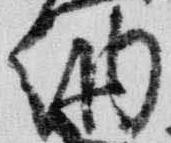
納